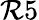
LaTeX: \mathcal{R}5